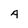
Character: A